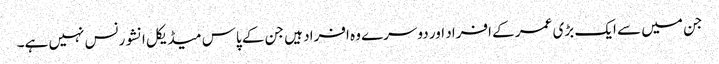
جن میں سے ایک بڑی عمر کے افراد اور دوسرے وہ افراد ہیں جن کے پاس میڈیکل انشورنس نہیں ہے۔